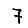
Digit: 7